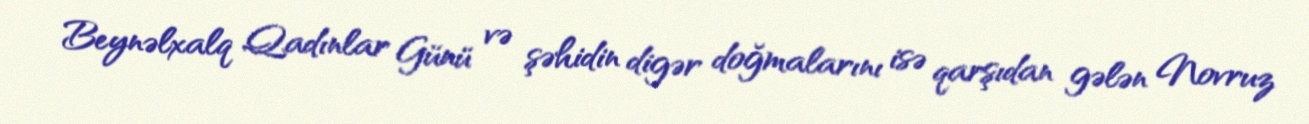
Beynəlxalq Qadınlar Günü və şəhidin digər doğmalarını isə qarşıdan gələn Novruz